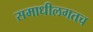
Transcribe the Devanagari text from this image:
समाधीलगतच